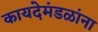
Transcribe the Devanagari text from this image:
कायदेमंडळांना